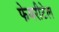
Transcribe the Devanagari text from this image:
फेयरीटेल